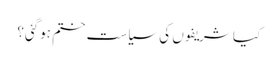
کیا شریفوں کی سیاست ختم ہوگئی؟